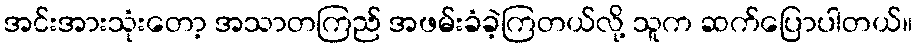
အင်းအားသုံးတော့ အသာတကြည် အဖမ်းခံခဲ့ကြတယ်လို့ သူက ဆက်ပြောပါတယ်။